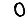
Digit: 0